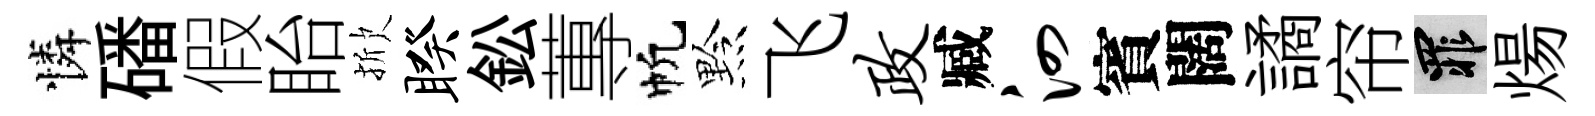
憐磻假眙掀睽鈆蓴帆黔飞政臧泗賓闊譎帘罪煬